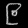
Digit: ၉